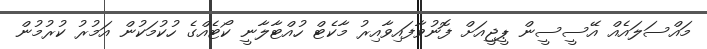
މައްސަލައެއް އޭސީސީން ޕީޖީއަށް ފޮނުވާފައިވާއިރު މާކެޓް ހުއްޓާލާނީ ކޯޓެއްގެ ހުކުމަކުން އަމުރު ކުރުމުން